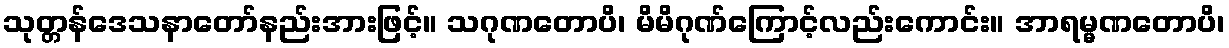
သုတ္တန်ဒေသနာတော်နည်းအားဖြင့်။ သဂုဏတောပိ၊ မိမိဂုဏ်ကြောင့်လည်းကောင်း။ အာရမ္မဏတောပိ၊